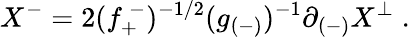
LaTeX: X^{-}=2(f_{+}^{~-})^{-1/2}(g_{(-)})^{-1}\partial_{(-)}X^{\perp}\; .